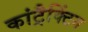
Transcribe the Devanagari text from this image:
कांट्रैक्टिंग